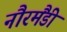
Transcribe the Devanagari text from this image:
नौरमैंडी